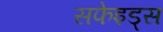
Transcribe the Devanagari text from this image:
सफेइड्स